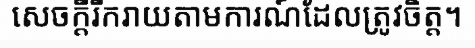
សេចក្តីរីករាយតាមការណ៍ដែលត្រូវចិត្ត។